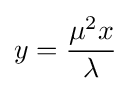
y={\frac {\mu ^{2}x}{\lambda }}